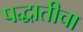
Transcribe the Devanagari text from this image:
पद्धातीचा